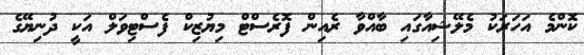
ކޮންމެ އަހަރަކު މެލޭޝިއާގައި ބާއްވާ ރެއިން ފޮރެސްޓް މިޔުޒިކް ފެސްޓިވަލް އަކީ ދުނިޔޭގެ